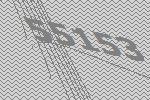
55153